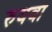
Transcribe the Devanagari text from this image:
रुयवा